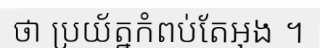
ថា ប្រយ័ត្នកំពប់តែអុង ។